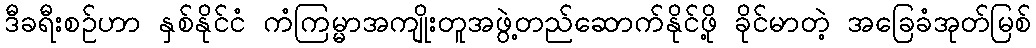
ဒီခရီးစဉ်ဟာ နှစ်နိုင်ငံ ကံကြမ္မာအကျိုးတူအဖွဲ့တည်ဆောက်နိုင်ဖို့ ခိုင်မာတဲ့ အခြေခံအုတ်မြစ်